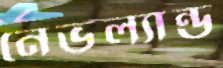
নেভল্যান্ড